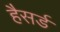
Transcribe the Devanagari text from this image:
हैसर्ड